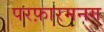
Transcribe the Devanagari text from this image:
परफ़ारमनग